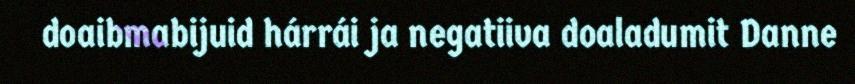
doaibmabijuid hárrái ja negatiiva doaladumit Danne